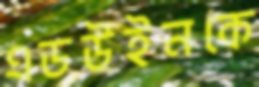
এডউইনকে